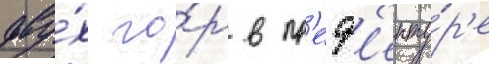
дву́х го́р в пр'еф'екту́р'е